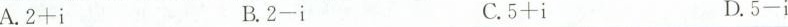
A.$$2 + i$$ B.$$2 - i$$ C.$$5 + i$$ D.$$5 - i$$